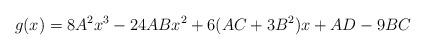
LaTeX: \begin{align*}g(x)=8A^{2}x^{3}-24ABx^{2}+6(AC+3B^{2})x+AD-9BC \end{align*}